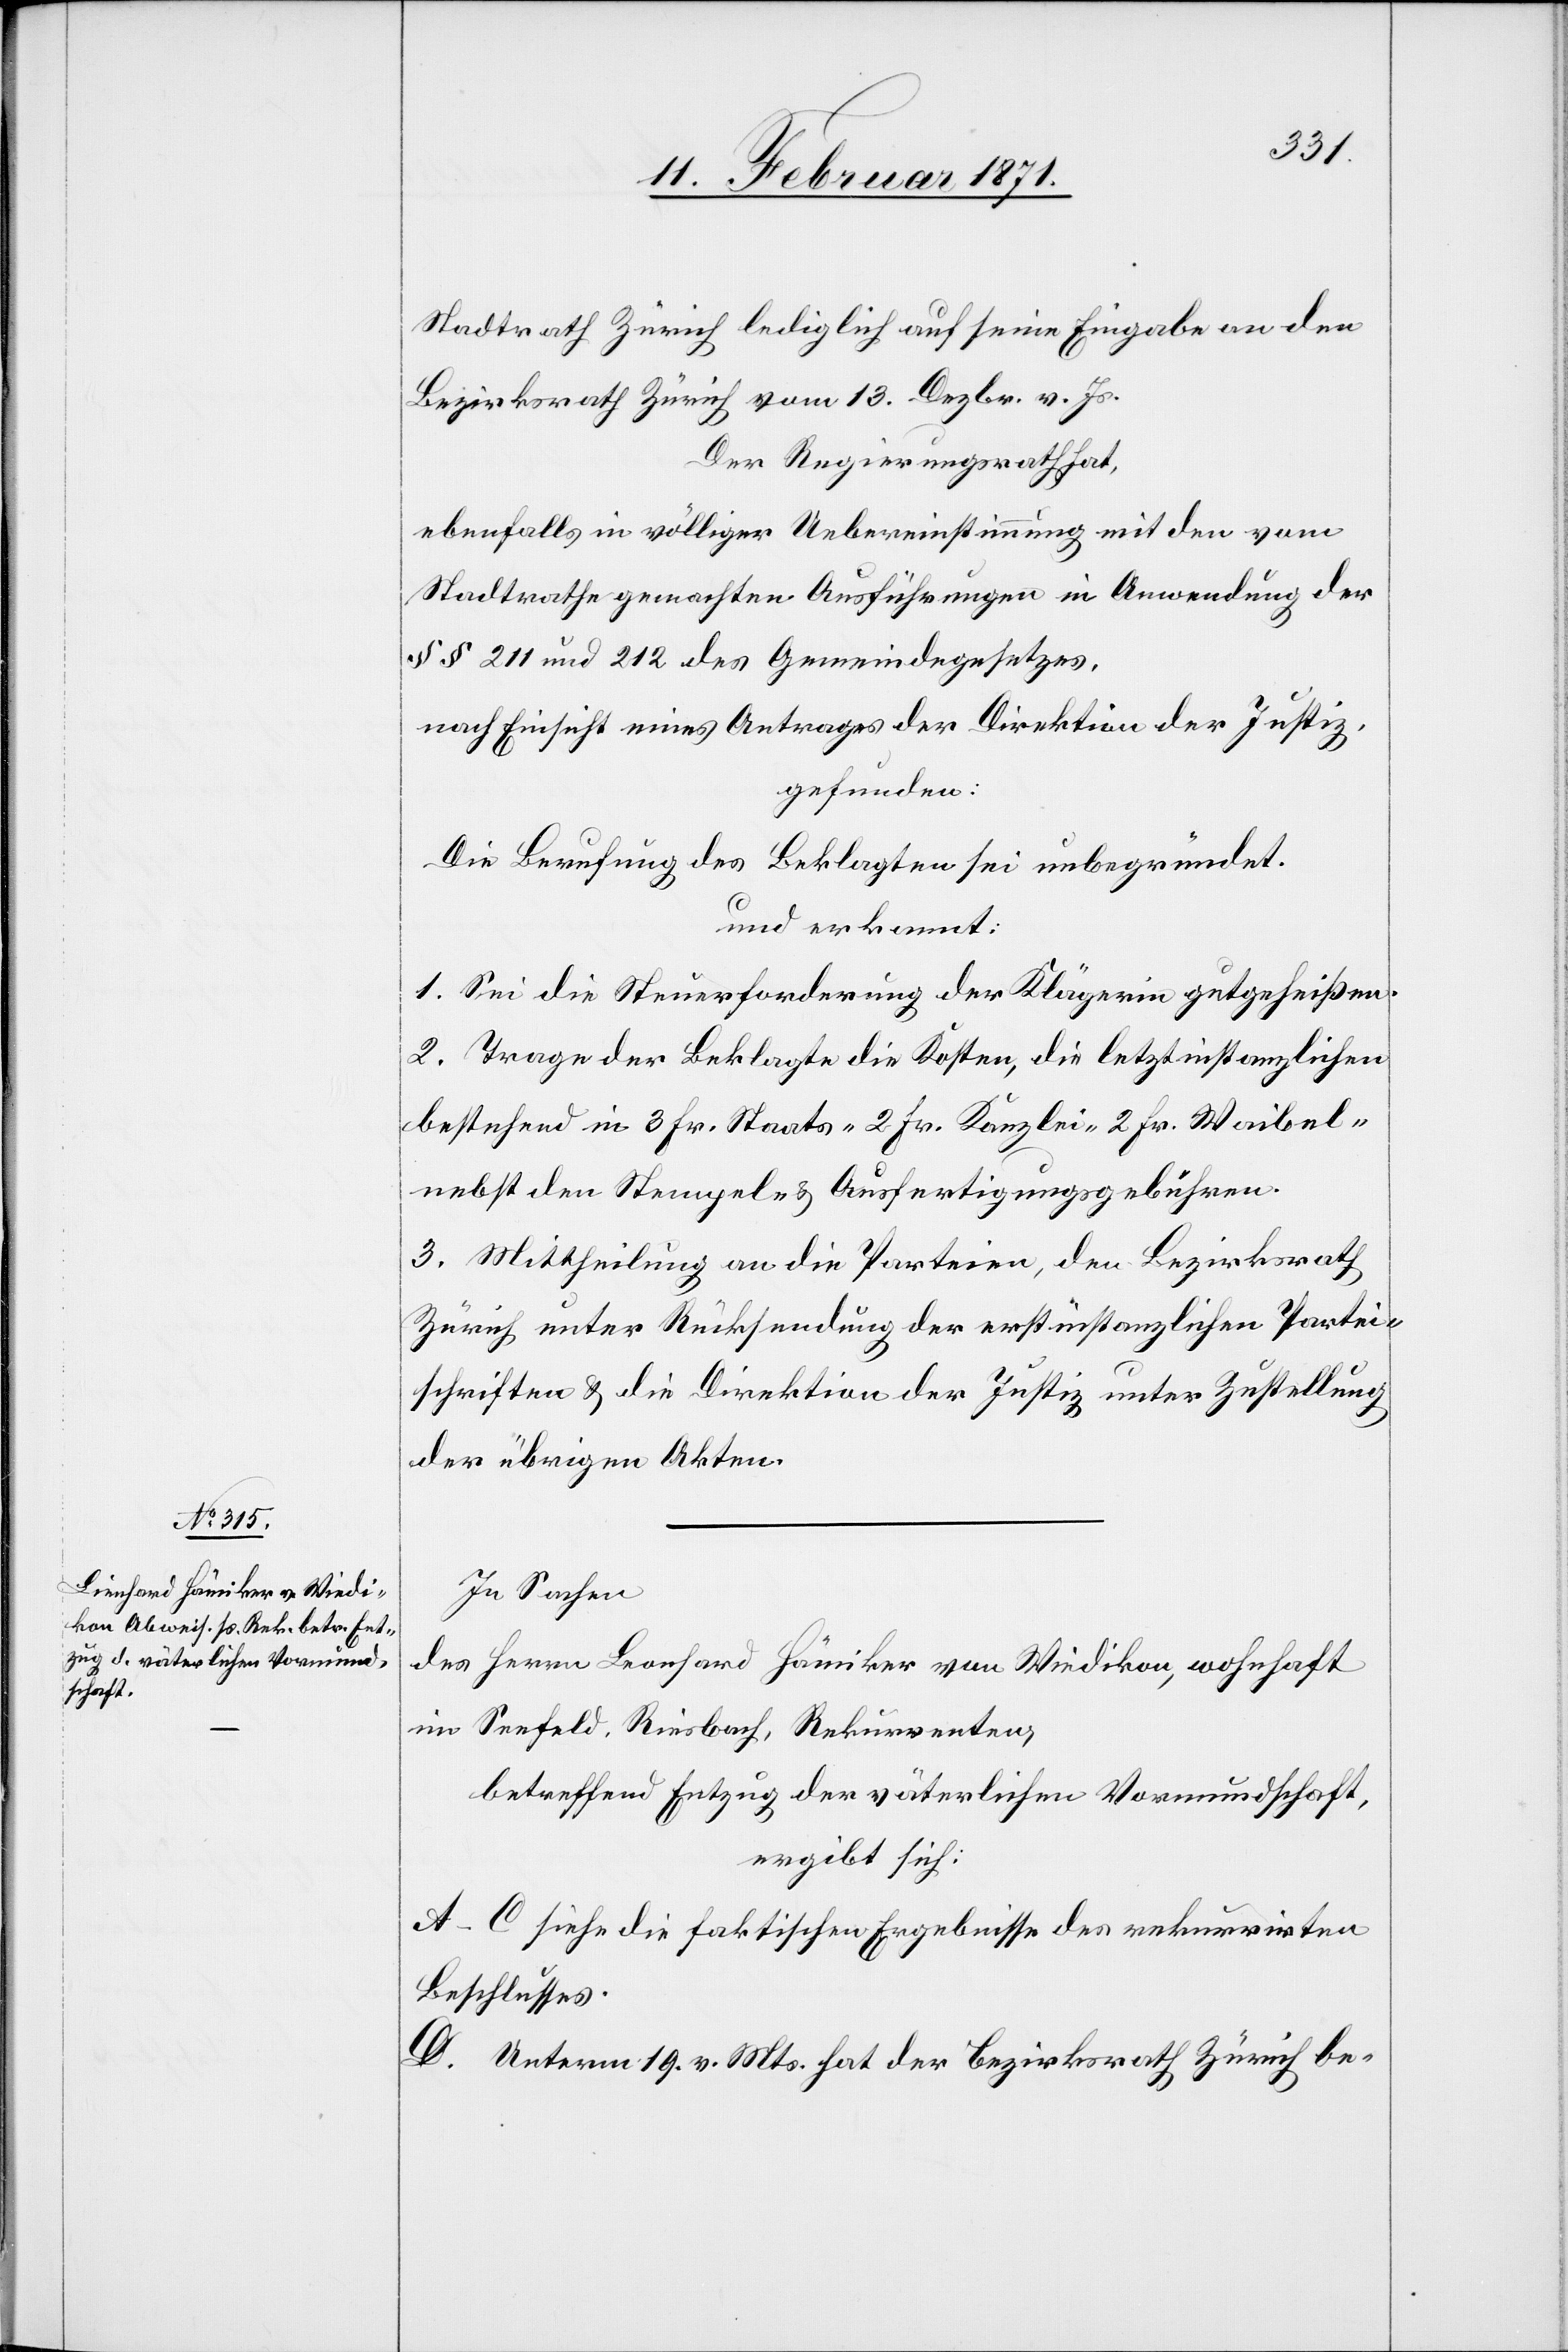
Stadtrath Zürich lediglich auf seine Eingabe an den
Bezirksrath Zürich vom 13. Dezbr. v. Js.
Der Regierungsrath hat,
ebenfalls in völliger Uebereinstimmung mit den vom
Stadtrathe gemachten Ausführungen in Anwendung der
§§ 211 und 212 des Gemeindegesetzes,
nach Einsicht eines Antrages der Direktion der Justiz,
gefunden:
Die Berufung des Beklagten sei unbegründet.
und erkannt:
1. Sei die Steuerforderung der Klägerin gutgeheißen.
2. Trage der Beklagte die Kosten, die letztinstanzlichen
bestehend in 3 Fr. Staats-[,] 2 Fr. Kanzlei-[,] 2 Fr. Waibel-[,]
nebst den Stempeln- u. Ausfertigungsgebühren.
3. Mittheilung an die Parteien, den Bezirksrath
Zürich unter Rücksendung der erstinstanzlichen Partei¬
schriften u. die Direktion der Justiz unter Zustellung
der übrigen Akten.
In Sachen
des Herrn Leonhard [sic!] Hämiker von Wiedikon, wohnhaft
im Seefeld, Riesbach, Rekurrenten,
betreffend Entzug der väterlichen Vormundschaft,
ergibt sich:
A–C [.] Siehe die faktischen Ergebnisse des rekurrirten
Beschlusses.
D. unterm 19. v. Mts. hat der Bezirksrath Zürich be-